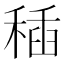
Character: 䅤